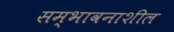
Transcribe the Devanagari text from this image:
सम्भावनाशील